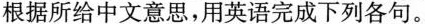
根据所给中文意思，用英语完成下列各句。